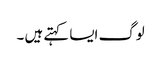
لوگ ایسا کہتے ہیں ۔